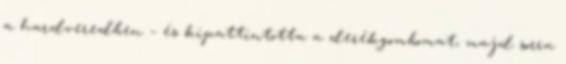
a hardveredben – és kipattintotta a derékgombomat, majd sorra